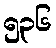
၅၃၆